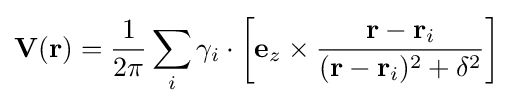
\mathbf {V} (\mathbf {r} )={\dfrac {1}{2\pi }}\sum _{i}\gamma _{i}\cdot \left[\mathbf {e} _{z}\times {\dfrac {\mathbf {r} -\mathbf {r} _{i}}{(\mathbf {r} -\mathbf {r} _{i})^{2}+\delta ^{2}}}\right]